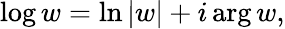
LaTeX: \log w=\ln|w|+i\arg w,